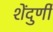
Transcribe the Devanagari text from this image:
शेंदुर्णी